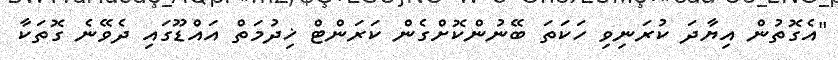
"އެގޮތުން އިޔާދަ ކުރަނިވި ހަކަތަ ބޭނުންކޮށްގެން ކަރަންޓް ޚިދުމަތް އައްޑޫގައި ދެވޭނެ ގޮތަކާ